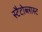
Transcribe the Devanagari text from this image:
स्टैटोब्लास्ट